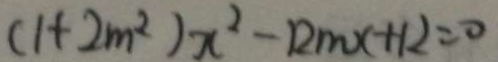
( 1 + 2 m ^ { 2 } ) x ^ { 2 } - 1 2 m x + 1 2 = 0